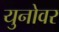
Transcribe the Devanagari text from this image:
युनोवर